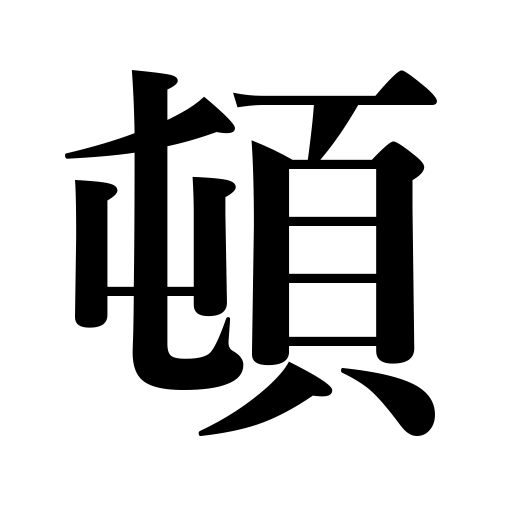
Meanings: suddenly,in a hurry,immediately